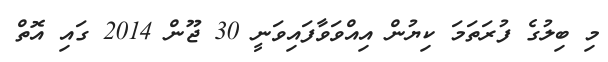
މި ބިލުގެ ފުރަތަމަ ކިޔުން އިއްވަވާފައިވަނީ 30 ޖޫން 2014 ގައި އޮތް